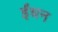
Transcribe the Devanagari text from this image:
र्इंधन